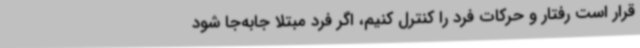
قرار است رفتار و حرکات فرد را کنترل کنیم، اگر فرد مبتلا جابه‌جا شود